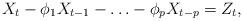
LaTeX: \begin{align*}X_{t}-\phi _{1}X_{t-1}-\ldots -\phi _{p}X_{t-p}=Z_{t},\end{align*}